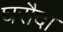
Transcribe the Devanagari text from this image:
घरौदा